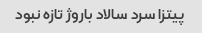
پیتزا سرد سالاد باروژ تازه نبود